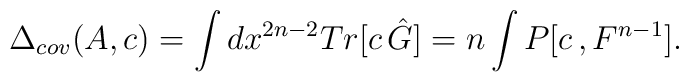
\Delta_{cov}(A,c)=\int dx^{2n-2} Tr[c\,\hat{G}]=n\int P[c\,,F^{n-1}].